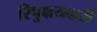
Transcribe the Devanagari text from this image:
रिपुक्षयकरी